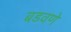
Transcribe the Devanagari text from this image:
बडवणे